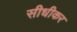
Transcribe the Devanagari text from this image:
सीधीकर